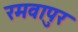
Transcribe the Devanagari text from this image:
रमवापुर